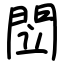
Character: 閚